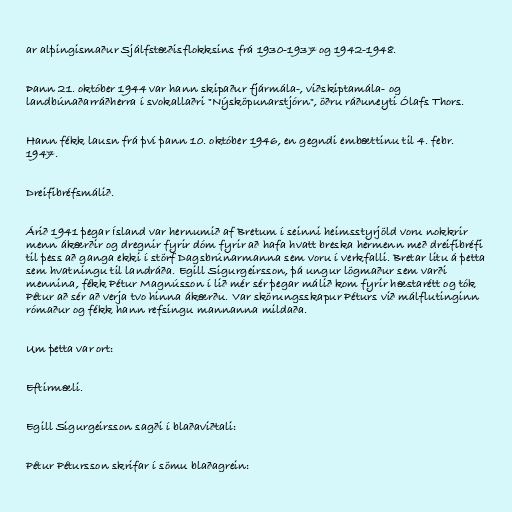
ar alþingismaður Sjálfstæðisflokksins frá 1930-1937 og 1942-1948.

Þann 21. október 1944 var hann skipaður fjármála-, viðskiptamála- og
landbúnaðarráðherra í svokallaðri "Nýsköpunarstjórn", öðru ráðuneyti Ólafs Thors.

Hann fékk lausn frá því þann 10. október 1946, en gegndi embættinu til 4. febr.
1947.

Dreifibréfsmálið.

Árið 1941 þegar Ísland var hernumið af Bretum í seinni heimsstyrjöld voru nokkrir
menn ákærðir og dregnir fyrir dóm fyrir að hafa hvatt breska hermenn með dreifibréfi
til þess að ganga ekki í störf Dagsbrúnarmanna sem voru í verkfalli. Bretar litu á þetta
sem hvatningu til landráða. Egill Sigurgeirsson, þá ungur lögmaður sem varði
mennina, fékk Pétur Magnússon í lið mér sér þegar málið kom fyrir hæstarétt og tók
Pétur að sér að verja tvo hinna ákærðu. Var skörungsskapur Péturs við málflutinginn
rómaður og fékk hann refsingu mannanna mildaða.

Um þetta var ort:

Eftirmæli.

Egill Sigurgeirsson sagði í blaðaviðtali:

Pétur Pétursson skrifar í sömu blaðagrein: